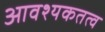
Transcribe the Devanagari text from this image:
आवश्यकतत्व